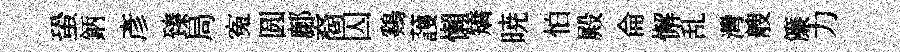
蛩鈵彥臻局寃圆鄜裔囚鷄䕶懶矯暁怕殿侖懈乱灣艘簾力